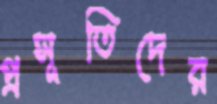
প্রসূতিদের